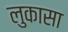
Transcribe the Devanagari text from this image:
लुकासा